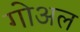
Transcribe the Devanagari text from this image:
गोअल